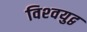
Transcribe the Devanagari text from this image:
विश्‍वयुद्व